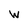
Character: W